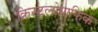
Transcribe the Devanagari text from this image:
क्रिस्टलोग्राफिक